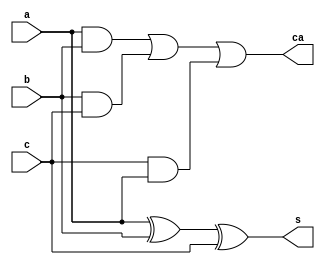
module fadder(s,ca,a,b,c);
input a,b,c;
output s,ca;
assign s=a^b^c;
assign ca=(a&b)|(b&c)|(c&a);
endmodule